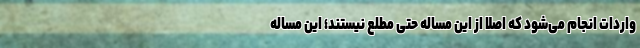
واردات انجام می‌شود که اصلا از این مساله حتی مطلع نیستند؛ این مساله